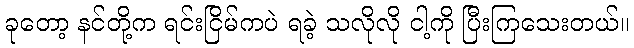
ခုတော့ နင်တို့က ရင်းငြိမ်ကပဲ ရခဲ့ သလိုလို ငါ့ကို ပြီးကြသေးတယ်။